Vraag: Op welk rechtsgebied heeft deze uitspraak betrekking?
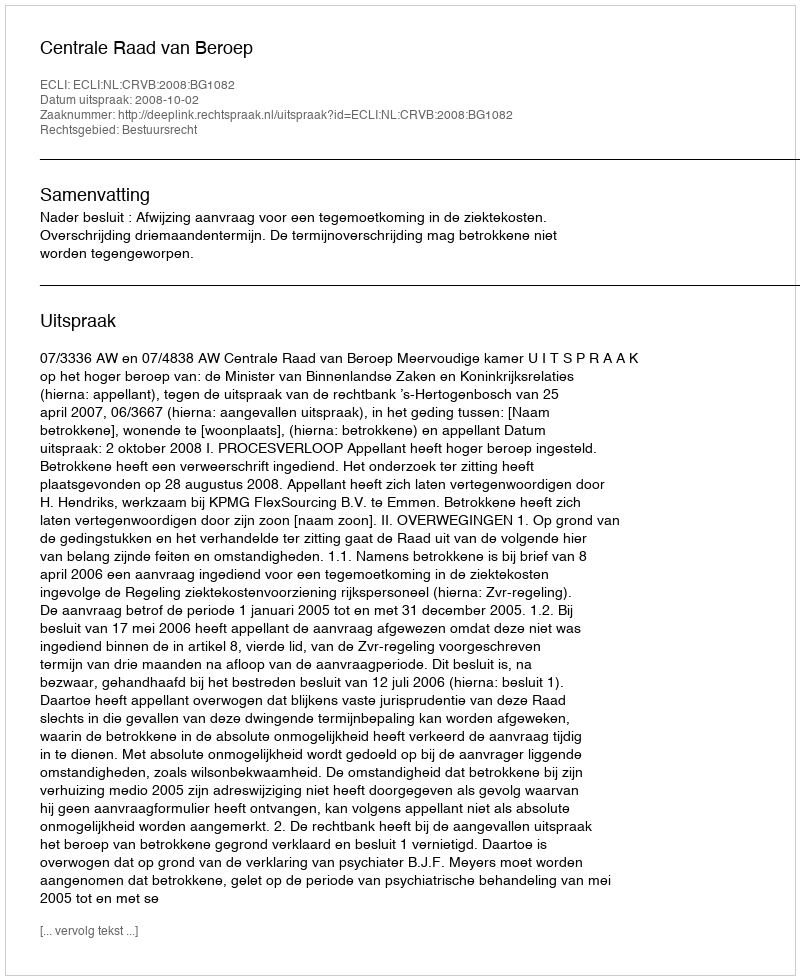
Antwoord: Bestuursrecht